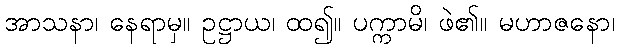
အာသနာ၊ နေရာမှ။ ဥဋ္ဌာယ၊ ထ၍။ ပက္ကာမိ၊ ဖဲ၏။ မဟာဇနော၊